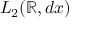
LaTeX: L _ { 2 } ( \mathbb { R } , d x )